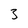
Character: 3